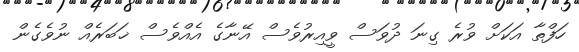
ހަފްތާ އަކަށް ވުރެ ގިނަ ދުވަސް ވީއިރުވެސް އޭނާގެ އެއްވެސް ޚަބަރެއް ނުވެގެން